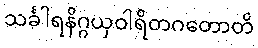
သင်္ခါရနိဂ္ဂယှဝါရိတဂတောတိ